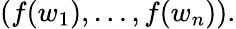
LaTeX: (f(w_{1}),\ldots,f(w_{n})).